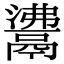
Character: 𩰾